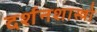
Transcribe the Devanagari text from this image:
दर्शनशास्त्रो